画像に写った文字を読んでください
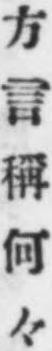
「方言稱何々」と書いてあります